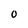
Character: O